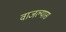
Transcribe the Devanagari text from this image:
वाजल्यास